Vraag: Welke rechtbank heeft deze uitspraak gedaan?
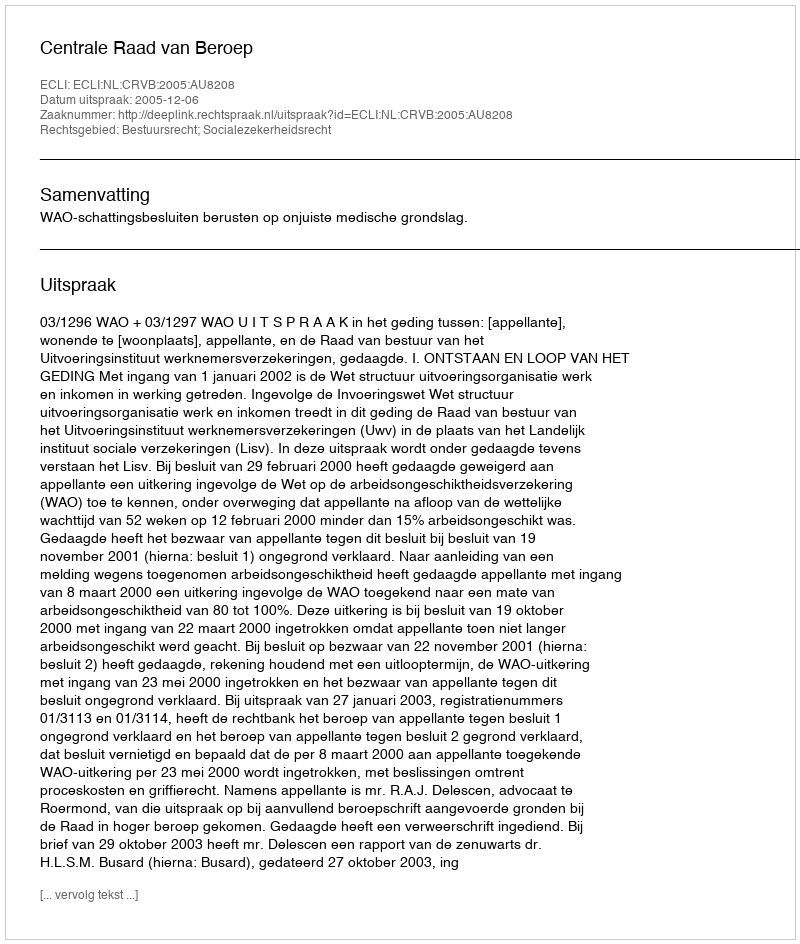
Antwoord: Centrale Raad van Beroep